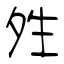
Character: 夝